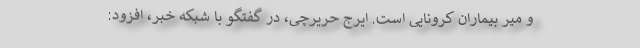
و میر بیماران کرونایی است. ایرج حریرچی، در گفتگو با شبکه خبر، افزود: